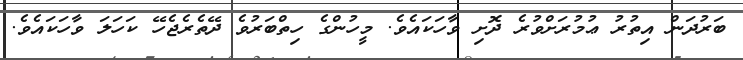
ބަރުދަން އިތުރު ޢުމުރަށްވުރެ ދޮށި ވާހަކައެވެ. މީހުންގެ ހިތްބަރުވެ ދޭތެރެޖެހޭ ކަހަލަ ވާހަކައެވެ.